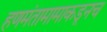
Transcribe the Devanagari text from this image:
हणमंतामामाकडूनच